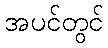
အပင်တွင်